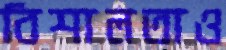
বিশালতাও